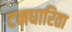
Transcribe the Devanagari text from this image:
टनधारिता